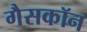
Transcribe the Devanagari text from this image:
गैसकॉन